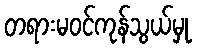
တရားမဝင်ကုန်သွယ်မှု